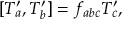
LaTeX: \lbrack T _ { a } ^ { \prime } , T _ { b } ^ { \prime } ] = f _ { a b c } T _ { c } ^ { \prime } ,